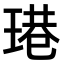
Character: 𤧈